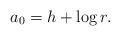
LaTeX: \begin{align*}a_0 = h + \log r . \end{align*}